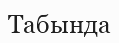
Табында